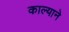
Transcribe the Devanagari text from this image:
काल्याने